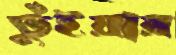
ভুঁইয়ার